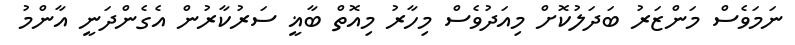
ނަމަވެސް މަންޒަރު ބަދަލުކޮށް މިއަދުވެސް މިހާރު މިއޮތް ބާޣީ ސަރުކާރުން އެގެންދަނީ އާންމު